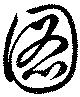
圖